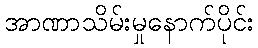
အာဏာသိမ်းမှုနောက်ပိုင်း